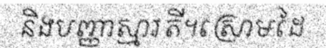
និងបញ្ញាស្មារតី។ស្រោមដៃ